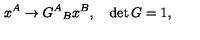
x ^ { A } \rightarrow { G ^ { A } } _ { B } x ^ { B } , \quad \det G = 1 ,